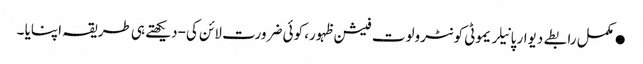
●مکمل رابطے دیوار پانیلریموٹی کونٹرولوت فیشن ظہور، کوئی ضرورت لائن کی-دیکھتے ہی طریقہ اپنایا ۔